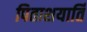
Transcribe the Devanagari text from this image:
पिताशयार्ति